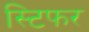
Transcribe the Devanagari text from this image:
स्टिफर